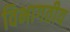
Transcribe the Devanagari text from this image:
विभागतीय